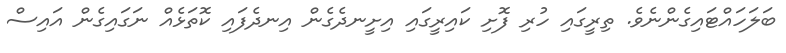
ބަލަހައްޓައިގެންނެވެ. ތިރީގައި ހުރި ފޮށި ކައިރީގައި އިށީނދެގެން އިނދެފައި ކޮތަޅެއް ނަގައިގެން އައިސް